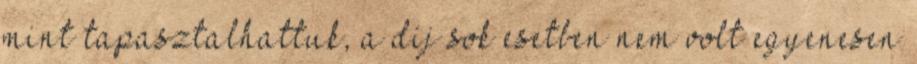
mint tapasztalhattuk, a díj sok esetben nem volt egyenesen